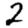
Digit: 2